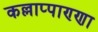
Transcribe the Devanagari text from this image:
कल्लाप्पाण्णा